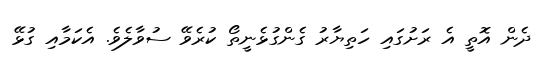
ދެން އޮތީ އެ ރަށުގައި ހަތިޔާރު ގެންގުޅެނީތޯ ކުރެވޭ ސުވާލެވެ. އެކަމާއި ގުޅޭ